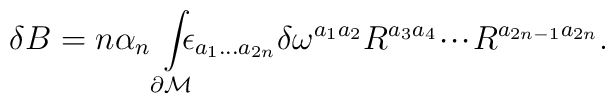
\delta B=n\alpha _{n}\int\limits_{\partial {\cal M}}\!\!\!\!\epsilon_{a_{1}...a_{2n}}\delta \omega ^{a_{1}a_{2}}R^{a_{3}a_{4}}\!\cdot \!\cdot\!\cdot \!R^{a_{2n-1}a_{2n}}.